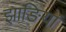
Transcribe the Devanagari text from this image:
झाङियां